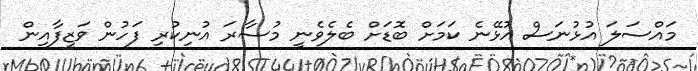
މައްސަލަ އުޅުނަސް އުޅޭނެ ކަމަށް ބޮޑަށް ބެލެވެނީ މުސާރަ އުނިކުރި ފަހުން ވަޒީފާއިން